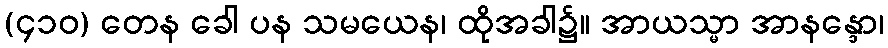
(၄၁၀) တေန ခေါ ပန သမယေန၊ ထိုအခါ၌။ အာယသ္မာ အာနန္ဒော၊